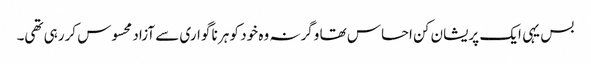
بس یہی ایک پریشان کن احساس تھا وگرنہ وہ خود کو ہر نا گواری سے آزاد محسوس کررہی تھی۔